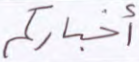
أخباركم